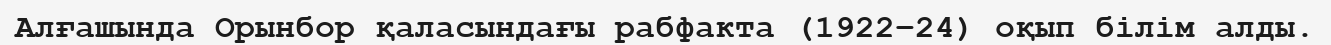
Алғашында Орынбор қаласындағы рабфакта (1922–24) оқып білім алды.